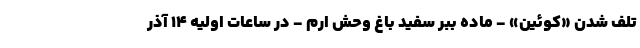
تلف شدن «کوئین» - ماده ببر سفید باغ وحش ارم - در ساعات اولیه ۱۴ آذر